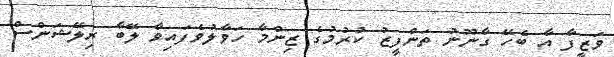
ވަޒީފާ އާ ބެހޭ ގާނޫނު ތަންފީޒު ކުރުމުގެ ޒިންމާ ހަވާލުވެފައިވާ ލޭބާ ރިލޭޝަންސް